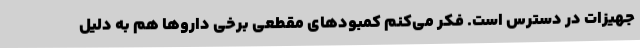
جهیزات در دسترس است. فکر می‌کنم کمبودهای مقطعی برخی داروها هم به دلیل